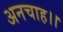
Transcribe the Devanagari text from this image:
अनचाह।।